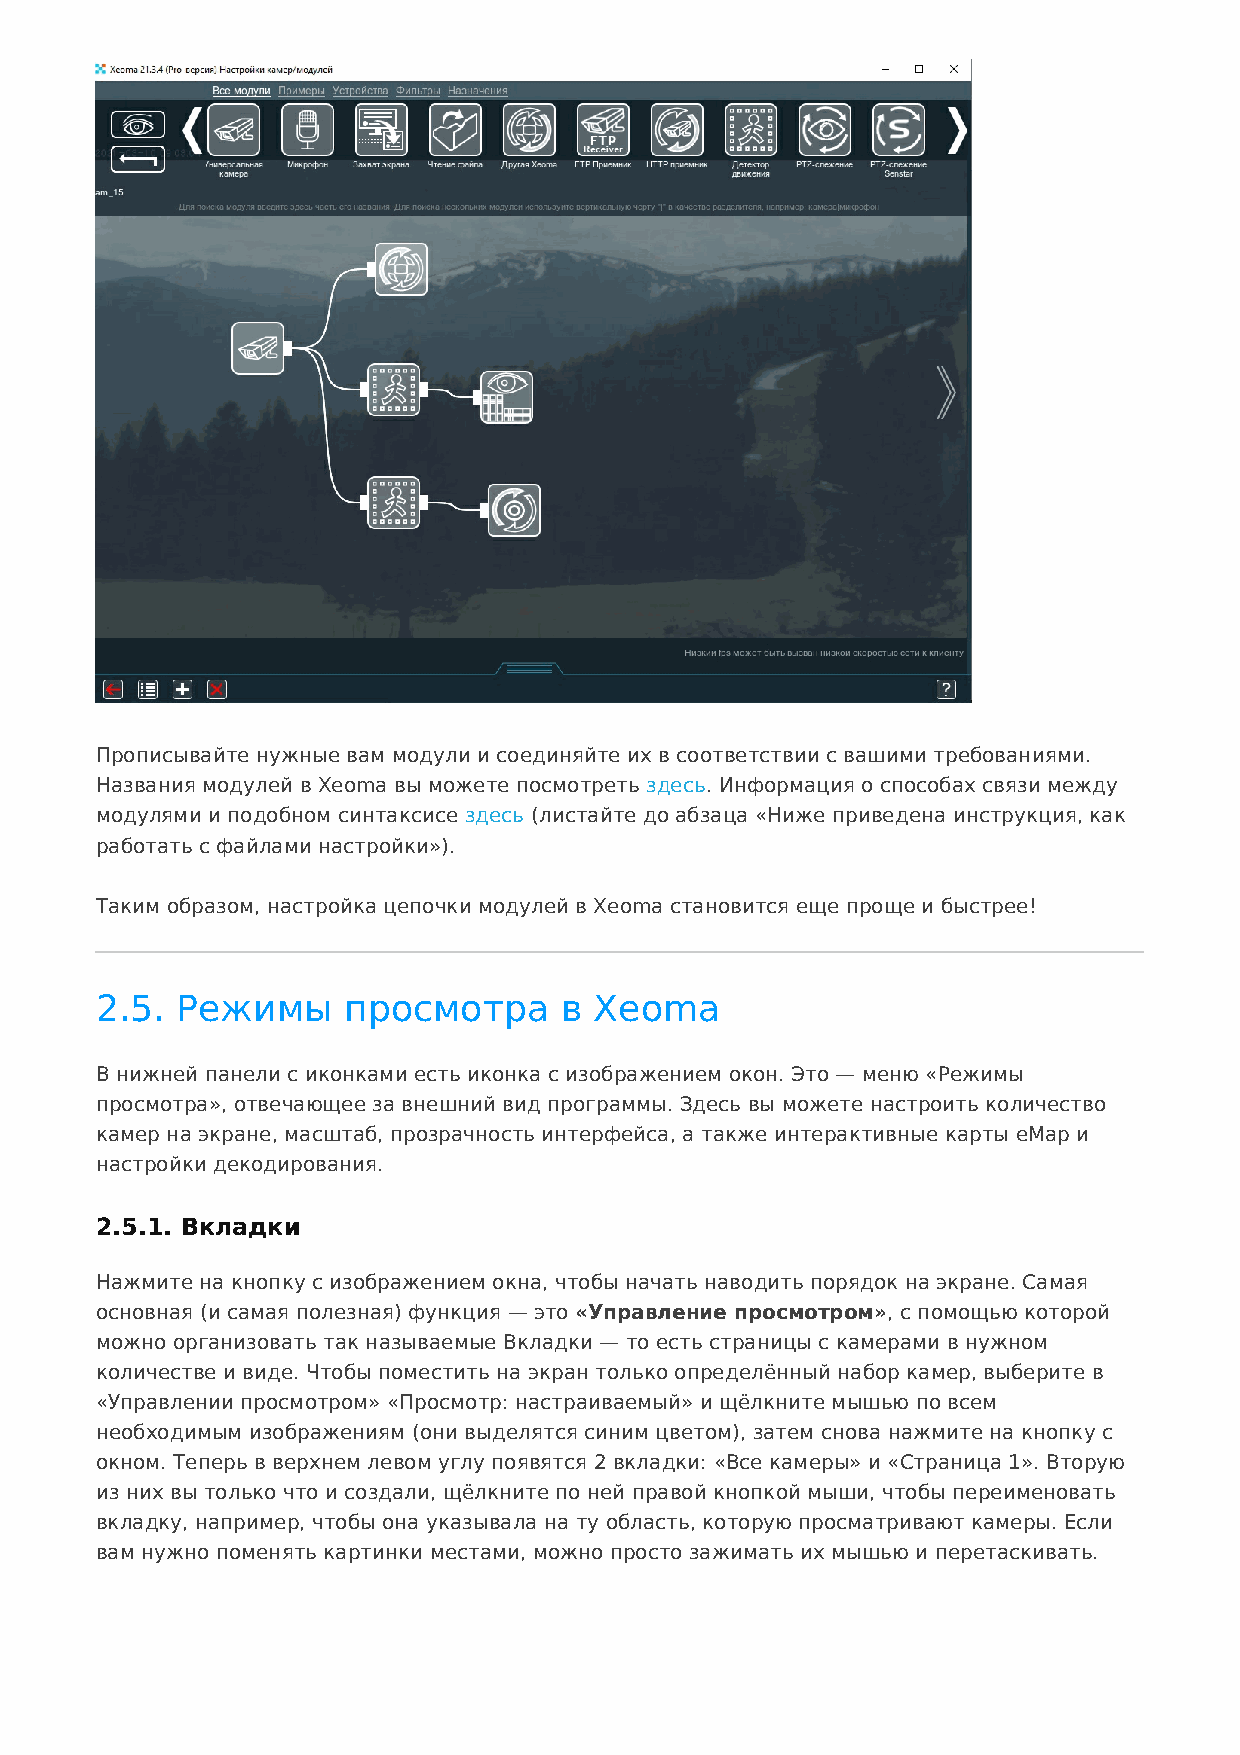
Прописывайте нужные вам модули и соединяйте их в соответствии с вашими требованиями.
 Названия модулей в Xeoma вы можете посмотреть здесь. Информация о способах связи между
 модулями и подобном синтаксисе здесь (листайте до абзаца «Ниже приведена инструкция, как
 работать с файлами настройки»).
 Таким образом, настройка цепочки модулей в Xeoma становится еще проще и быстрее!
 2.5.  Режимы     просмотра     в Xeoma
 В нижней панели с иконками есть иконка с изображением окон. Это — меню «Режимы
 просмотра», отвечающее за внешний вид программы. Здесь вы можете настроить количество
 камер на экране, масштаб, прозрачность интерфейса, а также интерактивные карты eMap и
 настройки декодирования.
 2.5.1. Вкладки
 Нажмите на кнопку с изображением окна, чтобы начать наводить порядок на экране. Самая
 основная (и самая полезная) функция — это «Управление просмотром», с помощью которой
 можно организовать так называемые Вкладки — то есть страницы с камерами в нужном
 количестве и виде. Чтобы поместить на экран только определённый набор камер, выберите в
 «Управлении просмотром» «Просмотр: настраиваемый» и щёлкните мышью по всем
 необходимым изображениям (они выделятся синим цветом), затем снова нажмите на кнопку с
 окном. Теперь в верхнем левом углу появятся 2 вкладки: «Все камеры» и «Страница 1». Вторую
 из них вы только что и создали, щёлкните по ней правой кнопкой мыши, чтобы переименовать
 вкладку, например, чтобы она указывала на ту область, которую просматривают камеры. Если
 вам нужно поменять картинки местами, можно просто зажимать их мышью и перетаскивать.